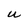
Character: U